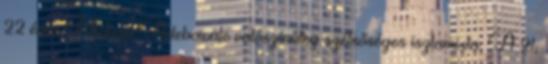
22 éves Michael Adebowale valószínűleg szélsőséges iszlamista. A 21,